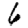
Digit: 6